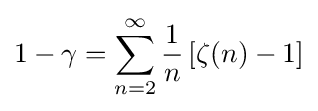
1-\gamma =\sum _{n=2}^{\infty }{\frac {1}{n}}\left[\zeta (n)-1\right]